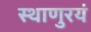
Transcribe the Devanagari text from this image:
स्थाणुरयं